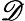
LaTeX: \mathscr{D}